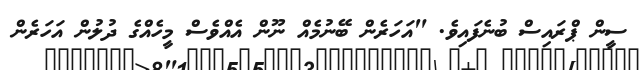
ސީން ޕްރައިސް ބުނެފައިވެ. "އަހަރެން ބޭނުމެއް ނޫން އެއްވެސް މީހެއްގެ ދުލުން އަހަރެން